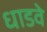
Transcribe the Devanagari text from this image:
धाडवे